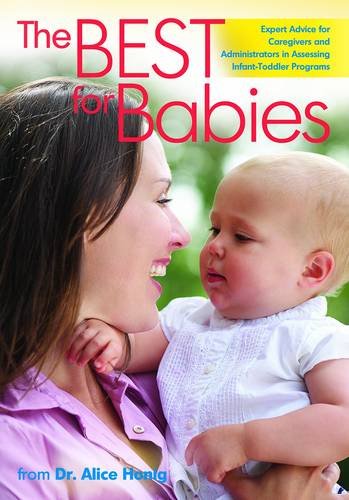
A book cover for Best for Babies: Expert Advice for Caregivers and Administrators in Assessing Infant-Toddler Programs; Alice Honig; Parenting & Relationships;